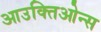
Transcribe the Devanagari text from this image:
आउक्तिओन्स